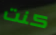
كنت